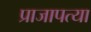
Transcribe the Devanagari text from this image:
प्राजापत्या